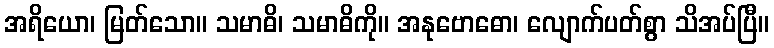
အရိယော၊ မြတ်သော။ သမာဓိ၊ သမာဓိကို။ အနုဗောဓော၊ လျောက်ပတ်စွာ သိအပ်ပြီ။